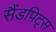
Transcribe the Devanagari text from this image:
सैंडपिट्स